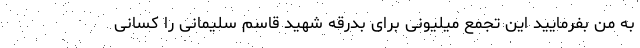
به من بفرمایید این تجمع میلیونی برای بدرقه شهید قاسم سلیمانی را کسانی